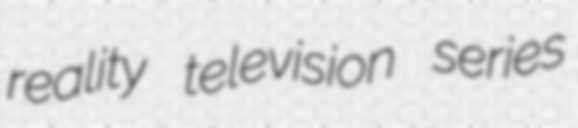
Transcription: reality television series